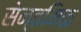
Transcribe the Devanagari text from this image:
सेन्तमिळ